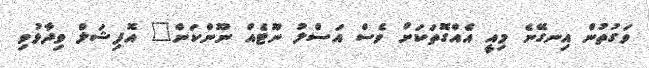
ވަގުތުން އިނގޭނެ މިއީ އެއްގޮތަކަށް ވެސް އަސްލު ނޫޓެއް ނޫންކަން" އޮފިޝަލް ވިދާޅުވި